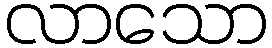
လာသော